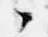
々